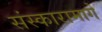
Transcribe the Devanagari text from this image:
संस्कारामागे